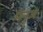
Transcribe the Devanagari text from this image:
मेनुज